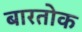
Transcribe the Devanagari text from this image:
बारतोक